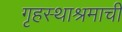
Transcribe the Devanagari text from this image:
गृहस्थाश्रमाची